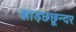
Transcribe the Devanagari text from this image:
झाड़छछून्दर